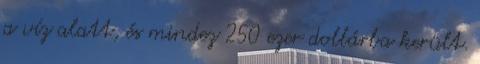
a víz alatt, és mindez 250 ezer dollárba került.